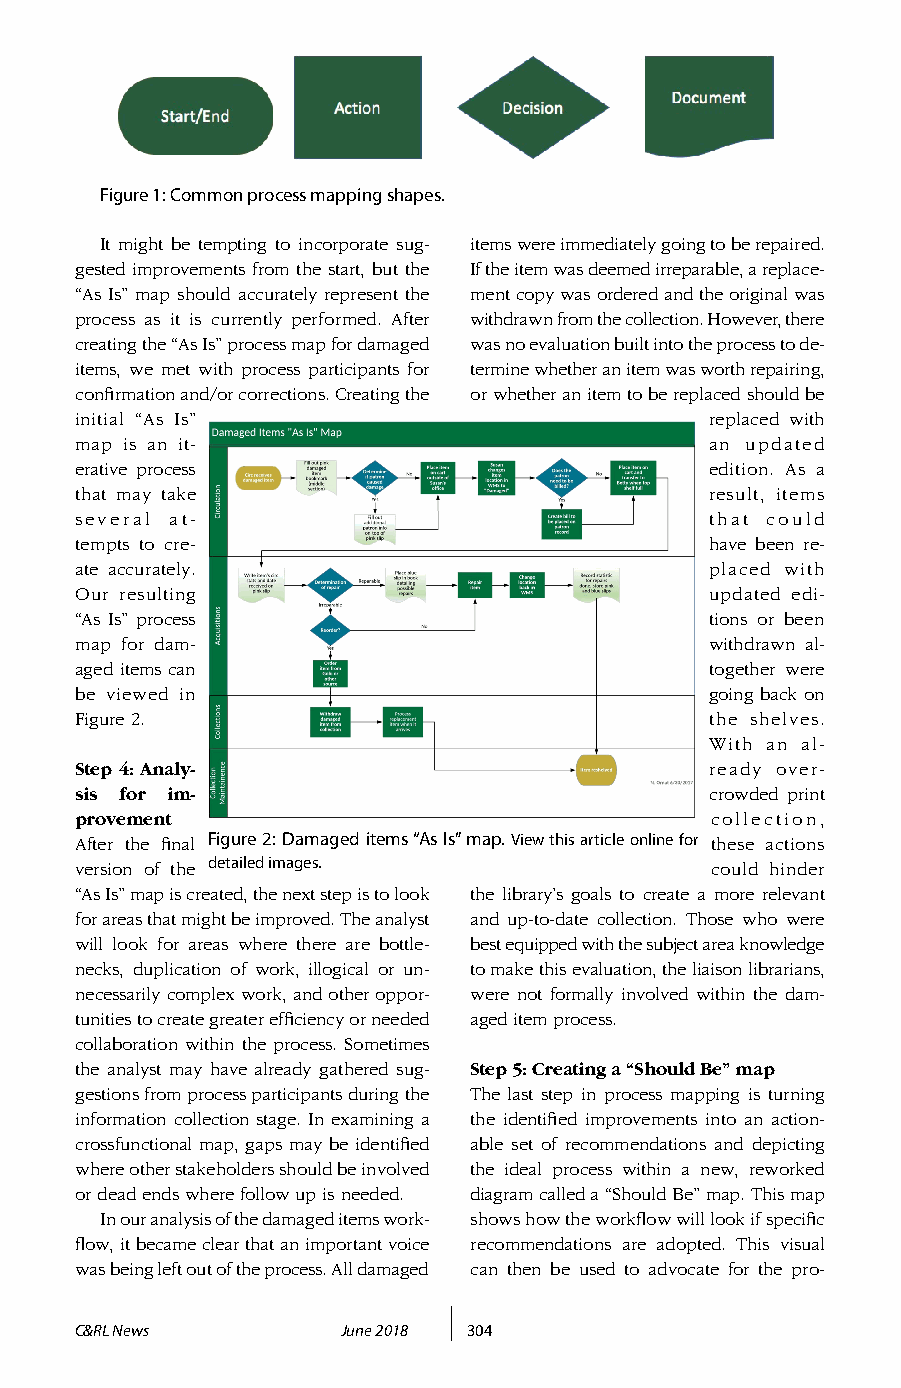
Figure 1: Common process mapping shapes.
 It might be tempting to incorporate sug- items were immediately going to be repaired.
 gested improvements from the start, but the If the item was deemed irreparable, a replace-
 “As Is” map should accurately represent the ment copy was ordered and the original was
 process as it is currently performed. After withdrawn from the collection. However, there
 creating the “As Is” process map for damaged was no evaluation built into the process to de-
 items, we met with process participants for termine whether an item was worth repairing,
 confirmation and/or corrections. Creating the or whether an item to be replaced should be
 initial “As Is”                           replaced with
 map is an it-                             an updated
 erative process                           edition. As a
 that may take                             result, items
 several at-                               that could
 tempts to cre-                            have been re-
 ate accurately.                           placed with
 Our resulting                             updated edi-
 “As Is” process                           tions or been
 map for dam-                              withdrawn al-
 aged items can                            together were
 be viewed in                              going back on
 Figure 2.                                 the shelves.
 With an al-
 Step 4: Analy-                            ready over-
 sis for im-                               crowded print
 provement                                 collection,
 After the final Figure 2: Damaged items “As Is” map. View this article online for these actions
 version of the detailed images.           could hinder
 “As Is” map is created, the next step is to look the library’s goals to create a more relevant
 for areas that might be improved. The analyst and up-to-date collection. Those who were
 will look for areas where there are bottle- best equipped with the subject area knowledge
 necks, duplication of work, illogical or un- to make this evaluation, the liaison librarians,
 necessarily complex work, and other oppor- were not formally involved within the dam-
 tunities to create greater efficiency or needed aged item process.
 collaboration within the process. Sometimes
 the analyst may have already gathered sug- Step 5: Creating a “Should Be” map
 gestions from process participants during the The last step in process mapping is turning
 information collection stage. In examining a the identified improvements into an action-
 crossfunctional map, gaps may be identified able set of recommendations and depicting
 where other stakeholders should be involved the ideal process within a new, reworked
 or dead ends where follow up is needed. diagram called a “Should Be” map. This map
 In our analysis of the damaged items work- shows how the workflow will look if specific
 flow, it became clear that an important voice recommendations are adopted. This visual
 was being left out of the process. All damaged can then be used to advocate for the pro-
 C&RL News         June 2018 304